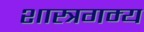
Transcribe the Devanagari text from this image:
शास्त्रगम्य